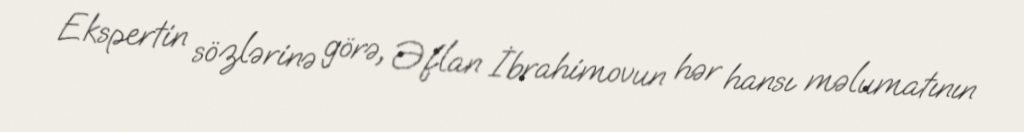
Ekspertin sözlərinə görə, Əflan İbrahimovun hər hansı məlumatının